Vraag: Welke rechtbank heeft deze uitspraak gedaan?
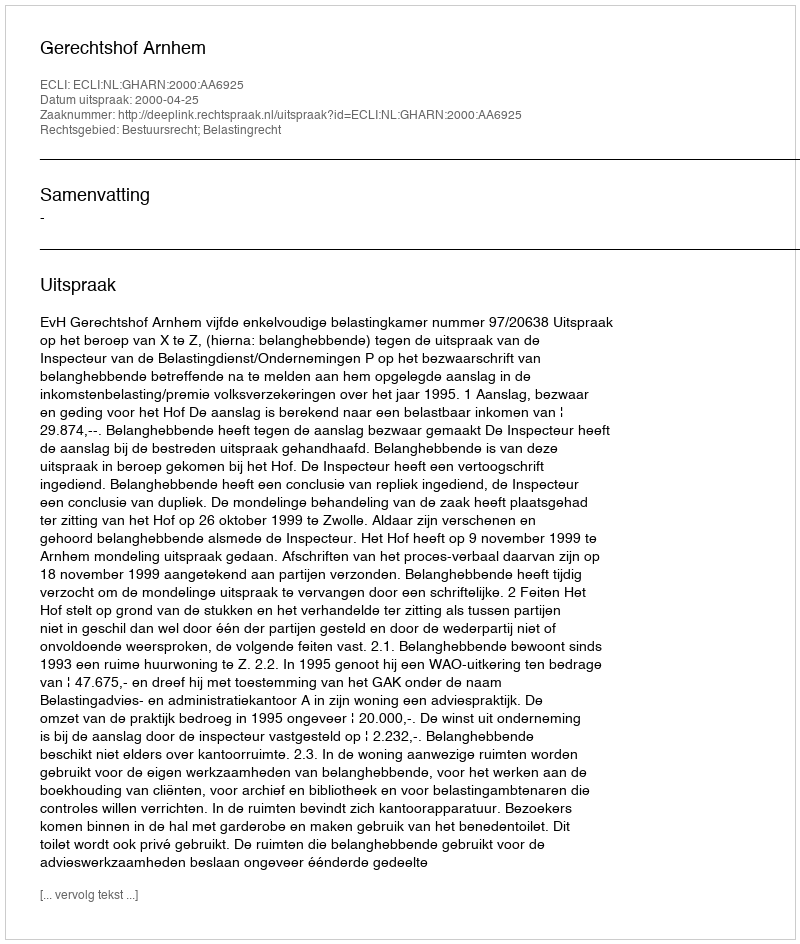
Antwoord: Gerechtshof Arnhem